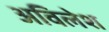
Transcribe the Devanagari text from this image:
अविलेश